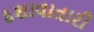
દશાવાતારી